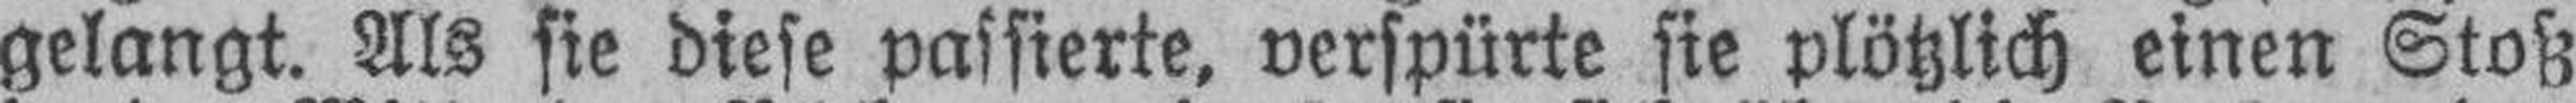
gelangt. Als sie diese passierte, verspürte sie plötzlich einen Stoß